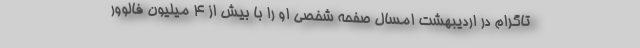
تاگرام در اردیبهشت امسال صفحه شخصی او را با بیش از ۴ میلیون فالوور